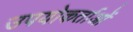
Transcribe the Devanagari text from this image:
उपयोकर्ताओं